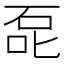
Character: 𰇤